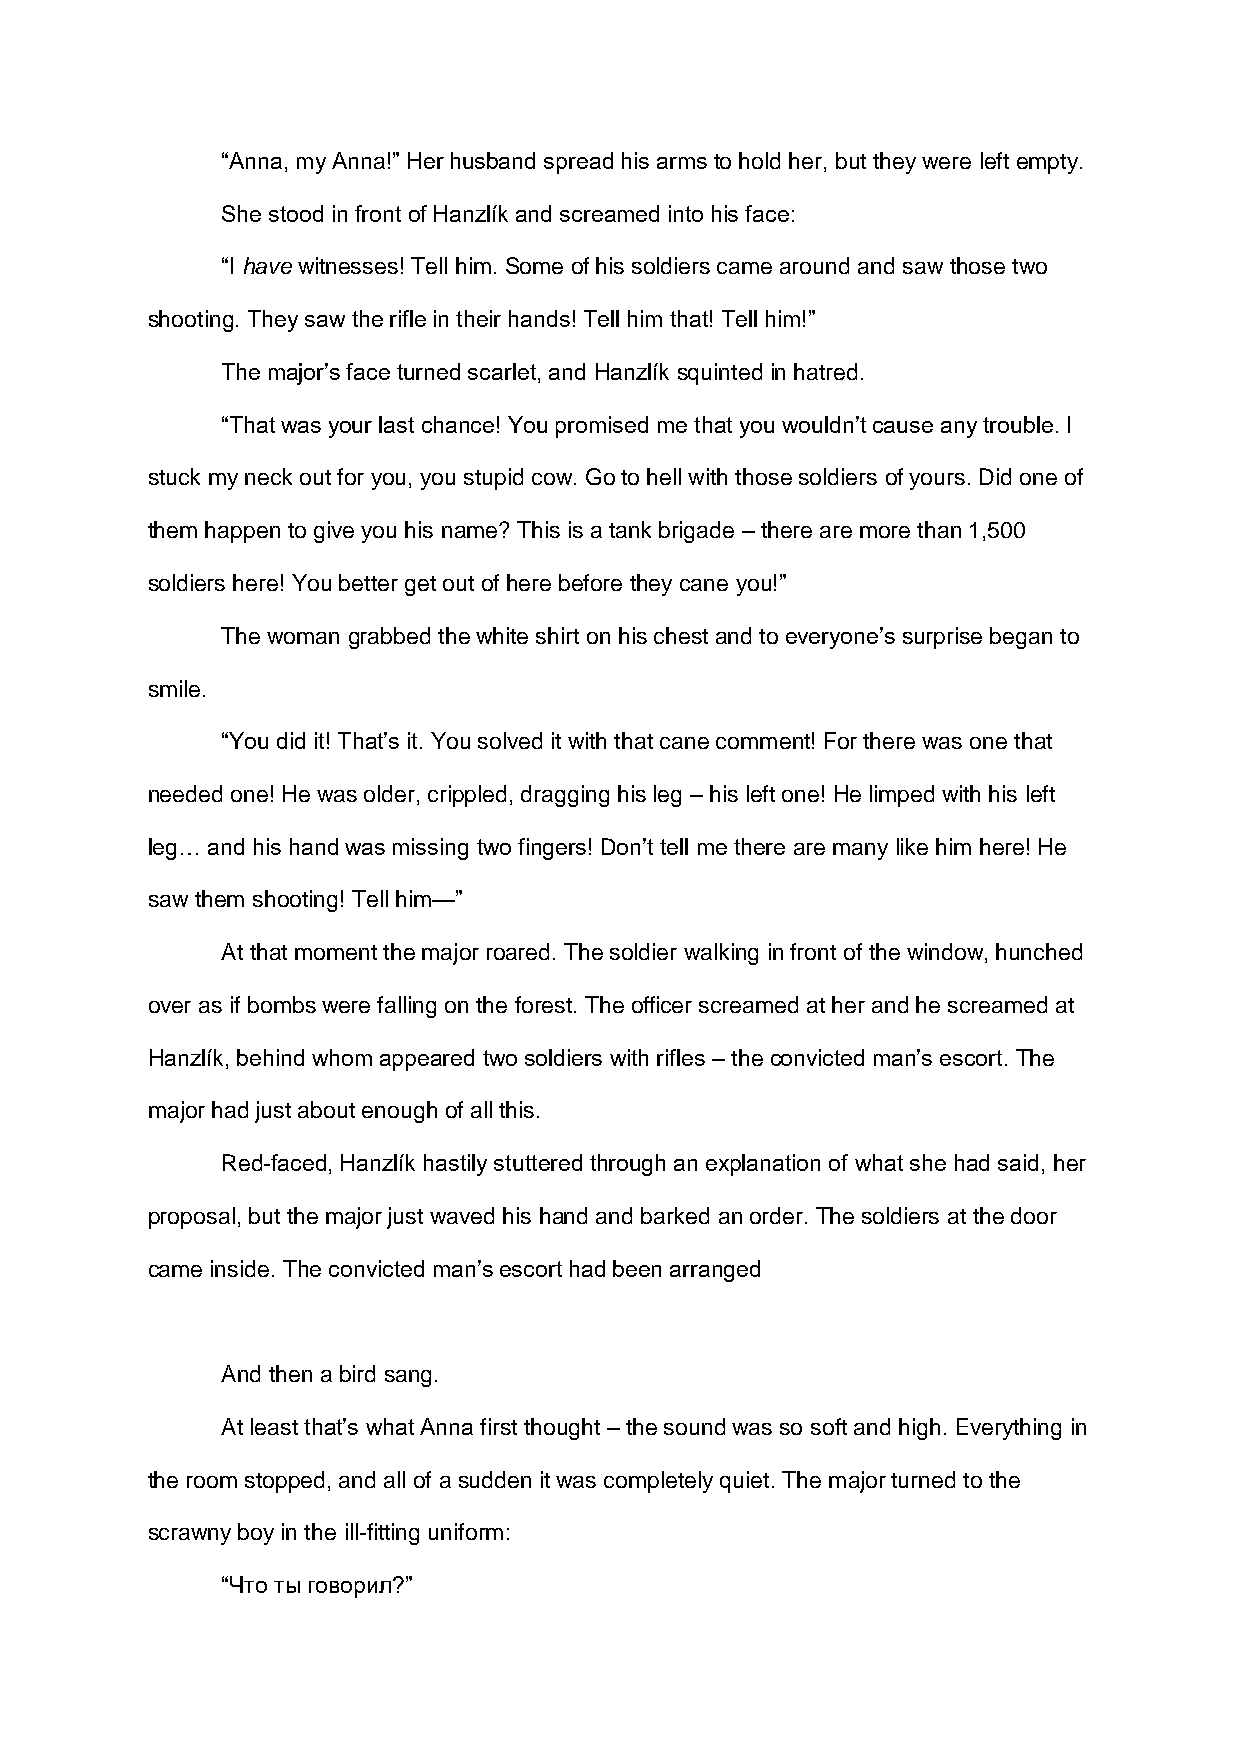
“Anna, my Anna!” Her husband spread his arms to hold her, but they were left empty.
 She stood in front of Hanzlík and screamed into his face:
 “I have witnesses! Tell him. Some of his soldiers came around and saw those two
 shooting. They saw the rifle in their hands! Tell him that! Tell him!”
 The major’s face turned scarlet, and Hanzlík squinted in hatred.
 “That was your last chance! You promised me that you wouldn’t cause any trouble. I
 stuck my neck out for you, you stupid cow. Go to hell with those soldiers of yours. Did one of
 them happen to give you his name? This is a tank brigade – there are more than 1,500
 soldiers here! You better get out of here before they cane you!”
 The woman grabbed the white shirt on his chest and to everyone’s surprise began to
 smile.
 “You did it! That’s it. You solved it with that cane comment! For there was one that
 needed one! He was older, crippled, dragging his leg – his left one! He limped with his left
 leg… and his hand was missing two fingers! Don’t tell me there are many like him here! He
 saw them shooting! Tell him—”
 At that moment the major roared. The soldier walking in front of the window, hunched
 over as if bombs were falling on the forest. The officer screamed at her and he screamed at
 Hanzlík, behind whom appeared two soldiers with rifles – the convicted man’s escort. The
 major had just about enough of all this.
 Red-faced, Hanzlík hastily stuttered through an explanation of what she had said, her
 proposal, but the major just waved his hand and barked an order. The soldiers at the door
 came inside. The convicted man’s escort had been arranged
 And then a bird sang.
 At least that’s what Anna first thought – the sound was so soft and high. Everything in
 the room stopped, and all of a sudden it was completely quiet. The major turned to the
 scrawny boy in the ill-fitting uniform:
 “Что ты говорил?”